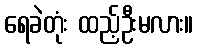
ရေခဲတုံး ထည့်ဦးမလား။